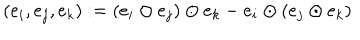
( e _ { i } , e _ { j } , e _ { k } ) : = ( e _ { i } \odot e _ { j } ) \odot e _ { k } - e _ { i } \odot ( e _ { j } \odot e _ { k } )